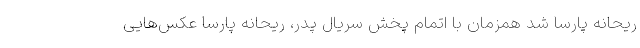
ریحانه پارسا شد همزمان با اتمام پخش سریال پدر، ریحانه پارسا عکس‌هایی